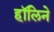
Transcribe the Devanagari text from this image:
हॉलिने